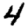
Digit: 4